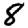
Digit: 8